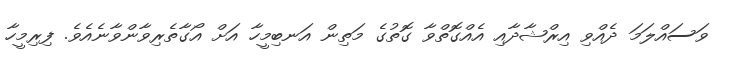
ވަސައްލަމަ ދެއްވި އިރްޝާދާއި އެއްގޮތްވާ ގޮތުގެ މަތިން އަނބިމީހާ އަށް އޯގާތެރިވާންވާނެއެވެ. ފިރިމީހާ